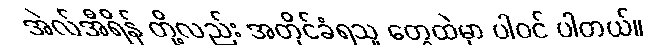
အဲလ်အီရိန် တို့လည်း အတိုင်ခံရသူ တွေထဲမှာ ပါဝင် ပါတယ်။